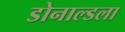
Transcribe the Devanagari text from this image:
डोनाल्डला